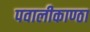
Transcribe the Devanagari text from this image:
पवालीकाण्ठा